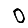
Digit: 0